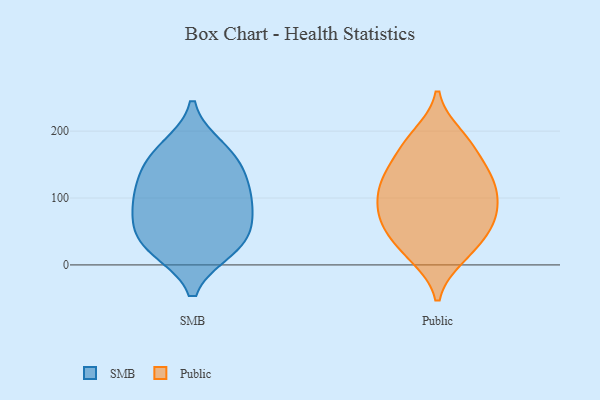
{"axis": {"x": "Budget (USD K)", "y": "Value"}, "legend": ["Public", "SMB"], "data": [{"x": "", "y": 60, "type": "SMB"}, {"x": "", "y": 162, "type": "SMB"}, {"x": "", "y": 33, "type": "SMB"}, {"x": "", "y": 98, "type": "SMB"}, {"x": "", "y": 29, "type": "SMB"}, {"x": "", "y": 24, "type": "SMB"}, {"x": "", "y": 147, "type": "SMB"}, {"x": "", "y": 75, "type": "SMB"}, {"x": "", "y": 120, "type": "SMB"}, {"x": "", "y": 102, "type": "SMB"}, {"x": "", "y": 174, "type": "SMB"}, {"x": "", "y": 15, "type": "Public"}, {"x": "", "y": 85, "type": "Public"}, {"x": "", "y": 183, "type": "Public"}, {"x": "", "y": 193, "type": "Public"}, {"x": "", "y": 13, "type": "Public"}, {"x": "", "y": 79, "type": "Public"}, {"x": "", "y": 122, "type": "Public"}, {"x": "", "y": 131, "type": "Public"}, {"x": "", "y": 54, "type": "Public"}, {"x": "", "y": 180, "type": "Public"}, {"x": "", "y": 156, "type": "Public"}, {"x": "", "y": 56, "type": "Public"}, {"x": "", "y": 128, "type": "Public"}, {"x": "", "y": 117, "type": "Public"}, {"x": "", "y": 117, "type": "Public"}, {"x": "", "y": 67, "type": "Public"}, {"x": "", "y": 79, "type": "Public"}, {"x": "", "y": 31, "type": "Public"}]}